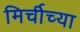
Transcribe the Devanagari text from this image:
मिर्चीच्या